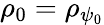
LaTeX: \rho_{0}=\rho_{\psi_{0}}